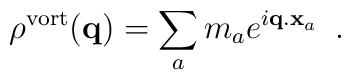
\rho^{\rm vort} ({\bf q}) = \sum_a m_a e^{i {\bf q.x}_a} \, \, \, .